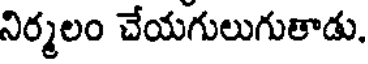
నిర్మలం చేయగులుగుతాడు.